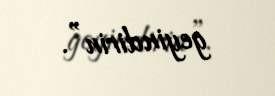
geyindirin”.